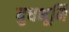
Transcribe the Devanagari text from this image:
युधभूमि